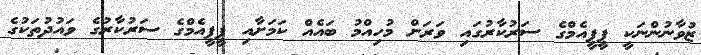
ޒުވާނުންނަކީ ޕީޕީއެމްގެ ސަރުކާރުގައި ވަރަށް މުހިއްމު ބައެއް ކަމަށާއި ޕީޕީއެމްގެ ސަރުކާރުގެ ވައުދުތަކުގެ